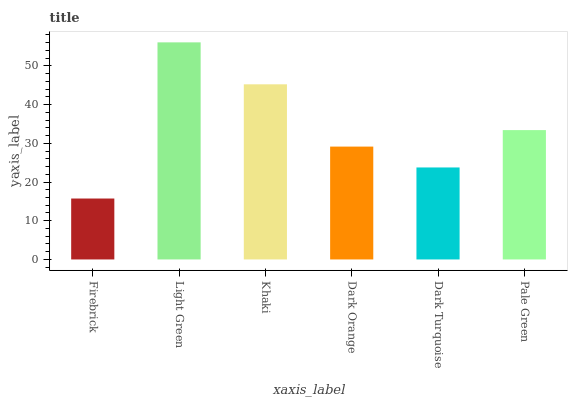
| xaxis_label | bars |
 | --- | --- |
 | Firebrick | 15.7 |
 | Light Green | 56.1 |
 | Khaki | 45.2 |
 | Dark Orange | 29.2 |
 | Dark Turquoise | 23.8 |
 | Pale Green | 33.4 |